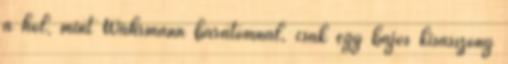
a hol, mint Wahrmann barátomnál, csak egy bájos kisasszony